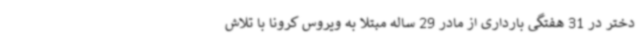
دختر در 31 هفتگی بارداری از مادر 29 ساله مبتلا به ویروس کرونا با تلاش